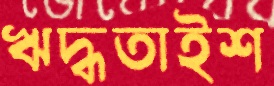
ঋদ্ধতাইশ